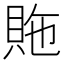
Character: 䝯